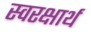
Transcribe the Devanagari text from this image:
स्वरक्षार्थ